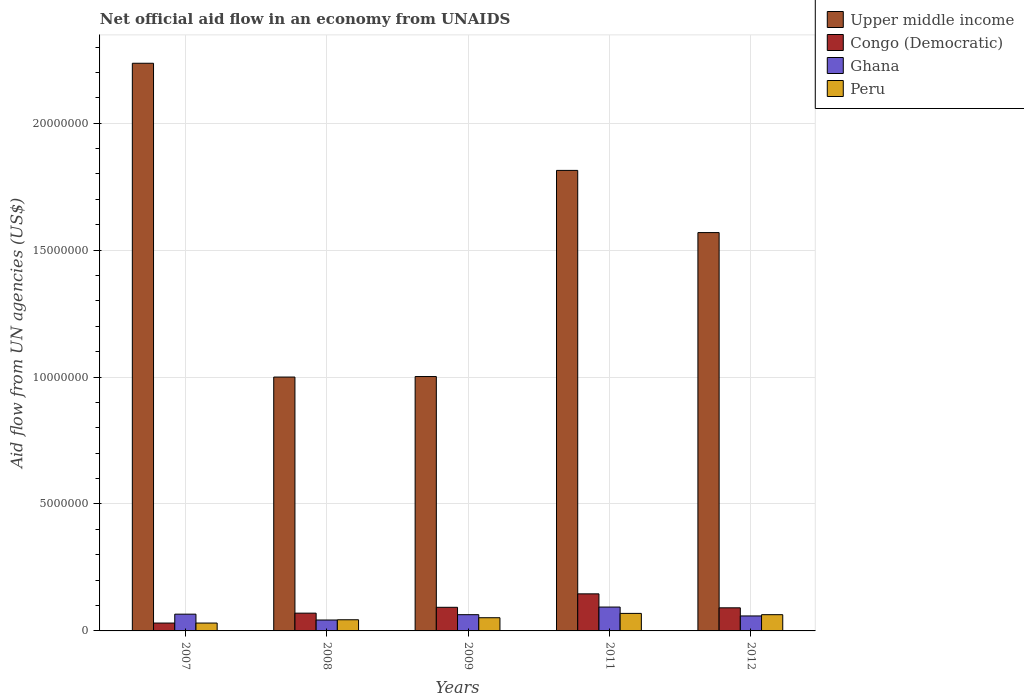
| Years | Upper middle income | Congo (Democratic) | Ghana | Peru |
 | --- | --- | --- | --- | --- |
 | 2007 | 2.24e+07 | 3.1e+05 | 6.6e+05 | 3.1e+05 |
 | 2008 | 1e+07 | 7e+05 | 4.3e+05 | 4.4e+05 |
 | 2009 | 1e+07 | 9.3e+05 | 6.4e+05 | 5.2e+05 |
 | 2011 | 1.81e+07 | 1.46e+06 | 9.4e+05 | 6.9e+05 |
 | 2012 | 1.57e+07 | 9.1e+05 | 5.9e+05 | 6.4e+05 |